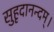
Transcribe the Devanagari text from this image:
सुहृदानन्दम्‌।